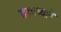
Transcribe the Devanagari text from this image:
तडाख्याने